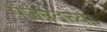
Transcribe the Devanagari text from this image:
पंजनदच्या